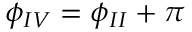
\phi _ { I V } = \phi _ { I I } + \pi